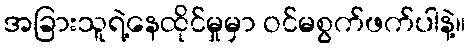
အခြားသူရဲ့နေထိုင်မှုမှာ ဝင်မစွက်ဖက်ပါနဲ့။